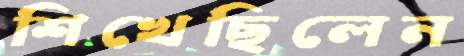
শিখেছিলেন